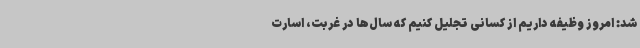
شد: امروز وظیفه داریم از کسانی تجلیل کنیم که سال‌ها در غربت، اسارت